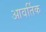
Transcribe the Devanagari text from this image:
आवर्तिक